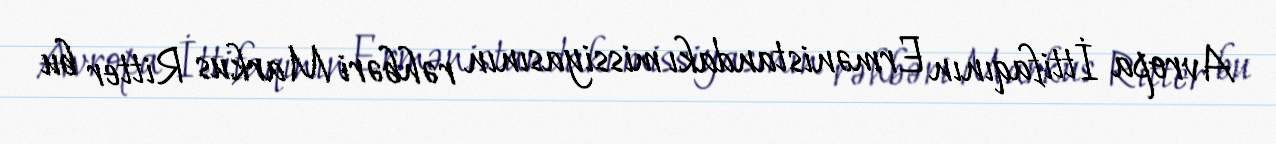
Avropa İttifaqının Ermənistandakı missiyasının rəhbəri Markus Ritter bu